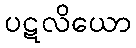
ပဋလိယော